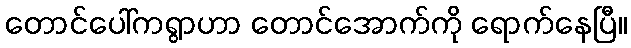
တောင်ပေါ်ကရွာဟာ တောင်အောက်ကို ရောက်နေပြီ။